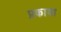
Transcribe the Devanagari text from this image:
प्रकाया